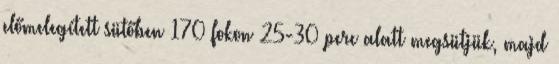
előmelegített sütőben 170 fokon 25-30 perc alatt megsütjük, majd